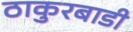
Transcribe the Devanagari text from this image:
ठाकुरबाडी